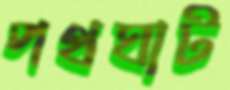
পথঘাট